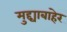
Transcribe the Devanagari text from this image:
मुद्द्याबाहेर